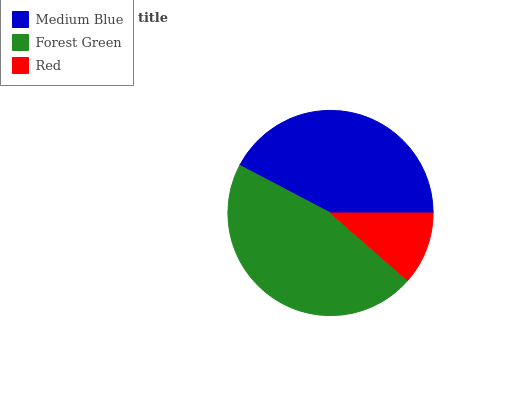
| Medium Blue | Forest Green | Red |
 | --- | --- | --- |
 | 42.3% | 46.3% | 11.4% |